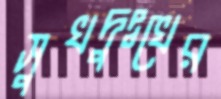
সুখদুঃখের